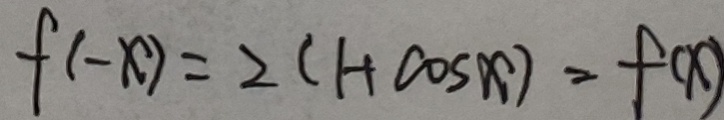
f ( - x ) = 2 ( 1 + \cos x ) = f ( x )